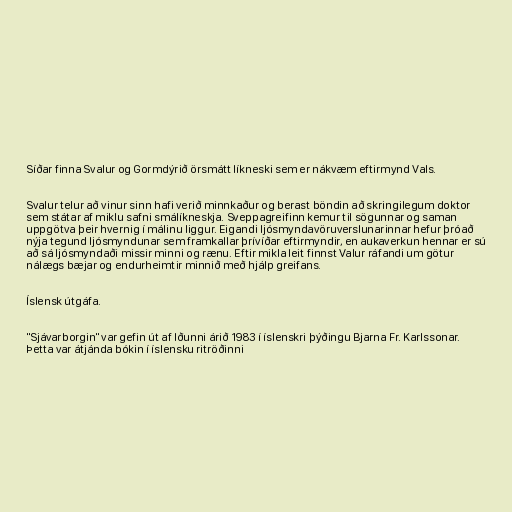
Síðar finna Svalur og Gormdýrið örsmátt líkneski sem er nákvæm eftirmynd Vals.

Svalur telur að vinur sinn hafi verið minnkaður og berast böndin að skringilegum doktor
sem státar af miklu safni smálíkneskja. Sveppagreifinn kemur til sögunnar og saman
uppgötva þeir hvernig í málinu liggur. Eigandi ljósmyndavöruverslunarinnar hefur þróað
nýja tegund ljósmyndunar sem framkallar þrívíðar eftirmyndir, en aukaverkun hennar er sú
að sá ljósmyndaði missir minni og rænu. Eftir mikla leit finnst Valur ráfandi um götur
nálægs bæjar og endurheimtir minnið með hjálp greifans.

Íslensk útgáfa.

"Sjávarborgin" var gefin út af Iðunni árið 1983 í íslenskri þýðingu Bjarna Fr. Karlssonar.
Þetta var átjánda bókin í íslensku ritröðinni